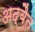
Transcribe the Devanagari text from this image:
अद्बैत